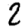
Digit: 2